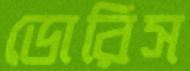
ডোরিস